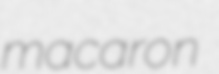
macaron